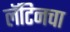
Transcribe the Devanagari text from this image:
लॅटिनचा